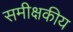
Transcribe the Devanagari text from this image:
समीक्षकीय